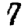
Digit: 7